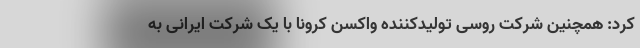
کرد: همچنین شرکت روسی تولیدکننده واکسن کرونا با یک شرکت ایرانی به